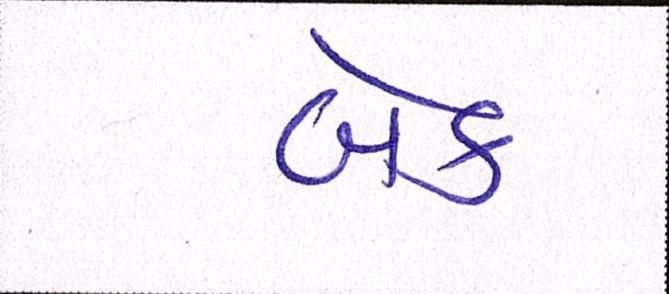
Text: બેક